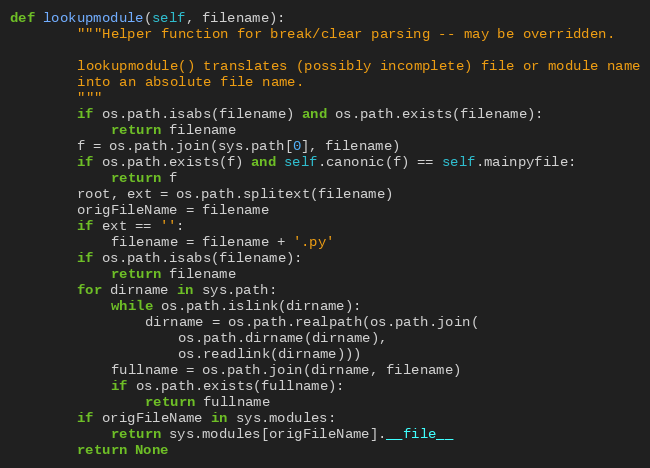
Language: Python
def lookupmodule(self, filename):
        """Helper function for break/clear parsing -- may be overridden.

        lookupmodule() translates (possibly incomplete) file or module name
        into an absolute file name.
        """
        if os.path.isabs(filename) and os.path.exists(filename):
            return filename
        f = os.path.join(sys.path[0], filename)
        if os.path.exists(f) and self.canonic(f) == self.mainpyfile:
            return f
        root, ext = os.path.splitext(filename)
        origFileName = filename
        if ext == '':
            filename = filename + '.py'
        if os.path.isabs(filename):
            return filename
        for dirname in sys.path:
            while os.path.islink(dirname):
                dirname = os.path.realpath(os.path.join(
                    os.path.dirname(dirname),
                    os.readlink(dirname)))
            fullname = os.path.join(dirname, filename)
            if os.path.exists(fullname):
                return fullname
        if origFileName in sys.modules:
            return sys.modules[origFileName].__file__
        return None